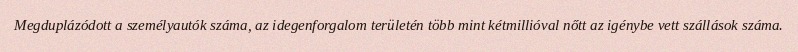
Megduplázódott a személyautók száma, az idegenforgalom területén több mint kétmillióval nőtt az igénybe vett szállások száma.